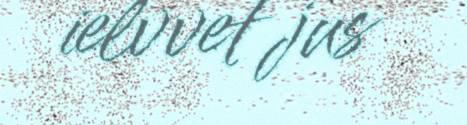
ielvvet jus